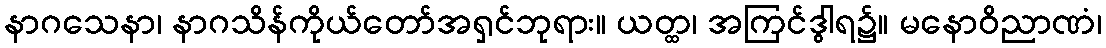
နာဂသေနာ၊ နာဂသိန်ကိုယ်တော်အရှင်ဘုရား။ ယတ္ထ၊ အကြင်ဒွါရ၌။ မနောဝိညာဏံ၊